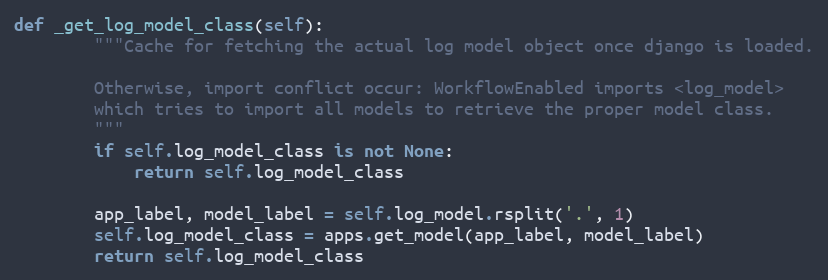
Language: Python
def _get_log_model_class(self):
        """Cache for fetching the actual log model object once django is loaded.

        Otherwise, import conflict occur: WorkflowEnabled imports <log_model>
        which tries to import all models to retrieve the proper model class.
        """
        if self.log_model_class is not None:
            return self.log_model_class

        app_label, model_label = self.log_model.rsplit('.', 1)
        self.log_model_class = apps.get_model(app_label, model_label)
        return self.log_model_class